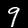
Label: 9